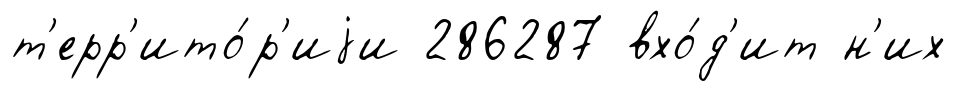
т'ерр'ито́р'иjи 286287 вхо́д'ит н'их